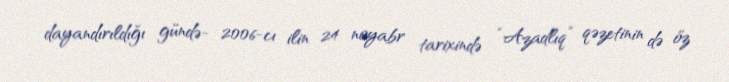
dayandırıldığı gündə- 2006-cı ilin 24 noyabr tarixində “Azadlıq” qəzetinin də öz